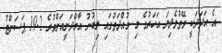
އެ އަދަދަކީ ވޭތުވެދިޔަ އަހަރުގެ މި މުއްދަތުގައި ލިބުނު އާމްދަނީއަށްވުރެ 19.2 ޕަސަންޓު